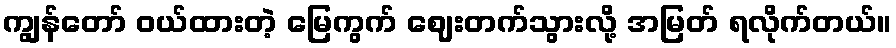
ကျွန်တော် ဝယ်ထားတဲ့ မြေကွက် ဈေးတက်သွားလို့ အမြတ် ရလိုက်တယ်။